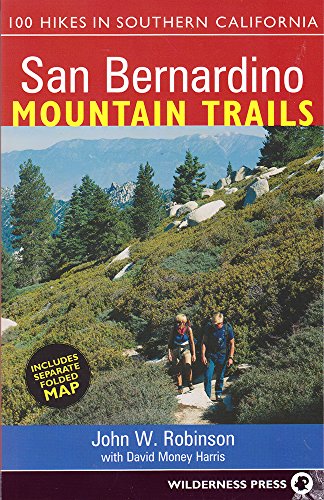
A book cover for San Bernardino Mountain Trails: 100 Hikes in Southern California; John W. Robinson; Health, Fitness & Dieting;